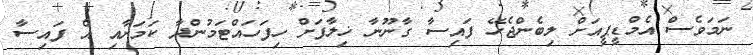
ނަމަވެސް އެމްޑީޕީއަށް ލިބެންޖެހޭ ފައިސާ ގާނޫނާ ޚިލާފަށް ހިފަހައްޓަމުންދާ ކަމަށާއި އެ ފައިސާ